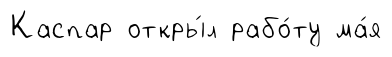
Каспар откры́л рабо́ту ма́я